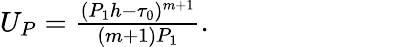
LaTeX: \begin{array}{r}{U_{P}=\frac{(P_{1}h-\tau_{0})^{m+1}}{(m+1)P_{1}}.~~~~~~~~~~~~~~~~~~~~~~~~~~~~~}\end{array}